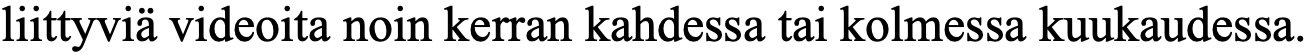
liittyviä videoita noin kerran kahdessa tai kolmessa kuukaudessa.